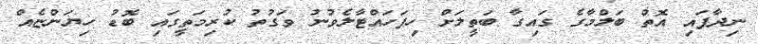
ނިދާފައި އޮތް ބަލްމާގެ ގައިގާ ބަތީލަށް ހިފަހައްޓާލެވުނު ވަގުތު ކުރިމަތީގައި ބޮޑު ހިޔަންޏެއް